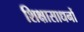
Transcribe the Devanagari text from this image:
शिक्षासाधनों